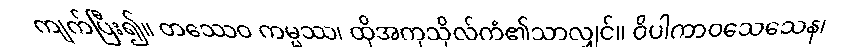
ကျက်ပြီး၍။ တဿေဝ ကမ္မဿ၊ ထိုအကုသိုလ်ကံ၏သာလျှင်။ ဝိပါကာဝသေသေန၊